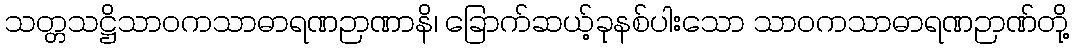
သတ္တသဋ္ဌိသာဝကသာဓာရဏဉာဏာနိ၊ ခြောက်ဆယ့်ခုနစ်ပါးသော သာဝကသာဓာရဏဉာဏ်တို့